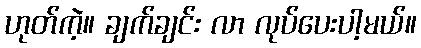
ဟုတ်ကဲ့။ ချက်ချင်း လာ လုပ်ပေးပါ့မယ်။